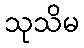
သုသိမ